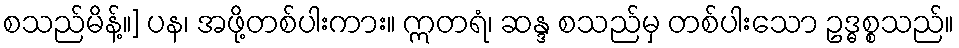
စသည်မိန့်။] ပန၊ အဖို့တစ်ပါးကား။ ဣတရံ၊ ဆန္ဒ စသည်မှ တစ်ပါးသော ဥဒ္ဓစ္စသည်။